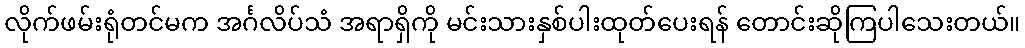
လိုက်ဖမ်းရုံတင်မက အင်္ဂလိပ်သံ အရာရှိကို မင်းသားနှစ်ပါးထုတ်ပေးရန် တောင်းဆိုကြပါသေးတယ်။